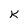
Character: K